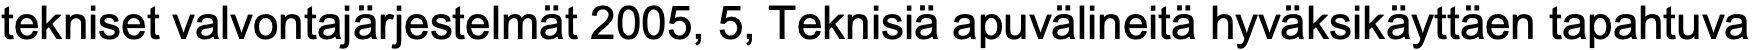
tekniset valvontajärjestelmät 2005, 5, Teknisiä apuvälineitä hyväksikäyttäen tapahtuva